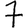
Digit: 7